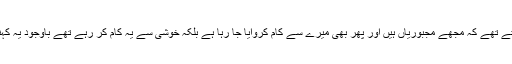
اور پھر دوسرے کو یہ احساس نہیں دلواتے تھے کہ مجھے مجبوریاں ہیں اور پھر بھی میرے سے کام کروایا جا رہا ہے بلکہ خوشی سے یہ کام کر رہے تھے باوجود یہ کہنے کے کہ آپ زیادہ اہلیہ کی فکر کریں۔